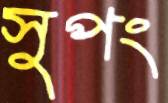
সুপং